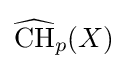
{\widehat {\mathrm {CH} }}_{p}(X)